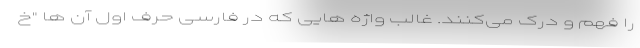
را فهم و درک می‌کنند. غالب واژه هایی که در فارسی حرف اول آن ها "خ